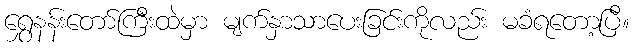
ရွှေနန်းတော်ကြီးထဲမှာ မျက်နှာသာပေးခြင်းကိုလည်း မခံရတော့ပြီ။